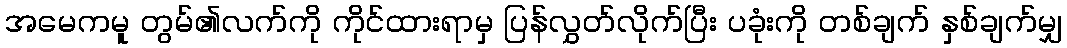
အမေကမူ တွမ်၏လက်ကို ကိုင်ထားရာမှ ပြန်လွှတ်လိုက်ပြီး ပခုံးကို တစ်ချက် နှစ်ချက်မျှ